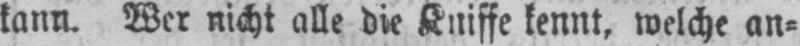
kann. Wer nicht alle die Kniffe kennt, welche an⸗